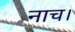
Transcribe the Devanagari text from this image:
नाच।